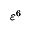
\varepsilon ^ { 6 }